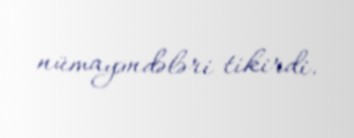
nümayəndələri tikirdi.